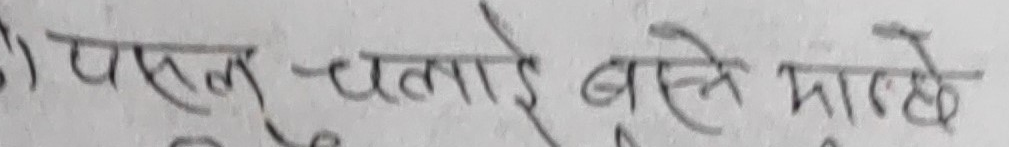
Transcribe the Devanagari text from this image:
पसल चलाई बस्ने मान्छे